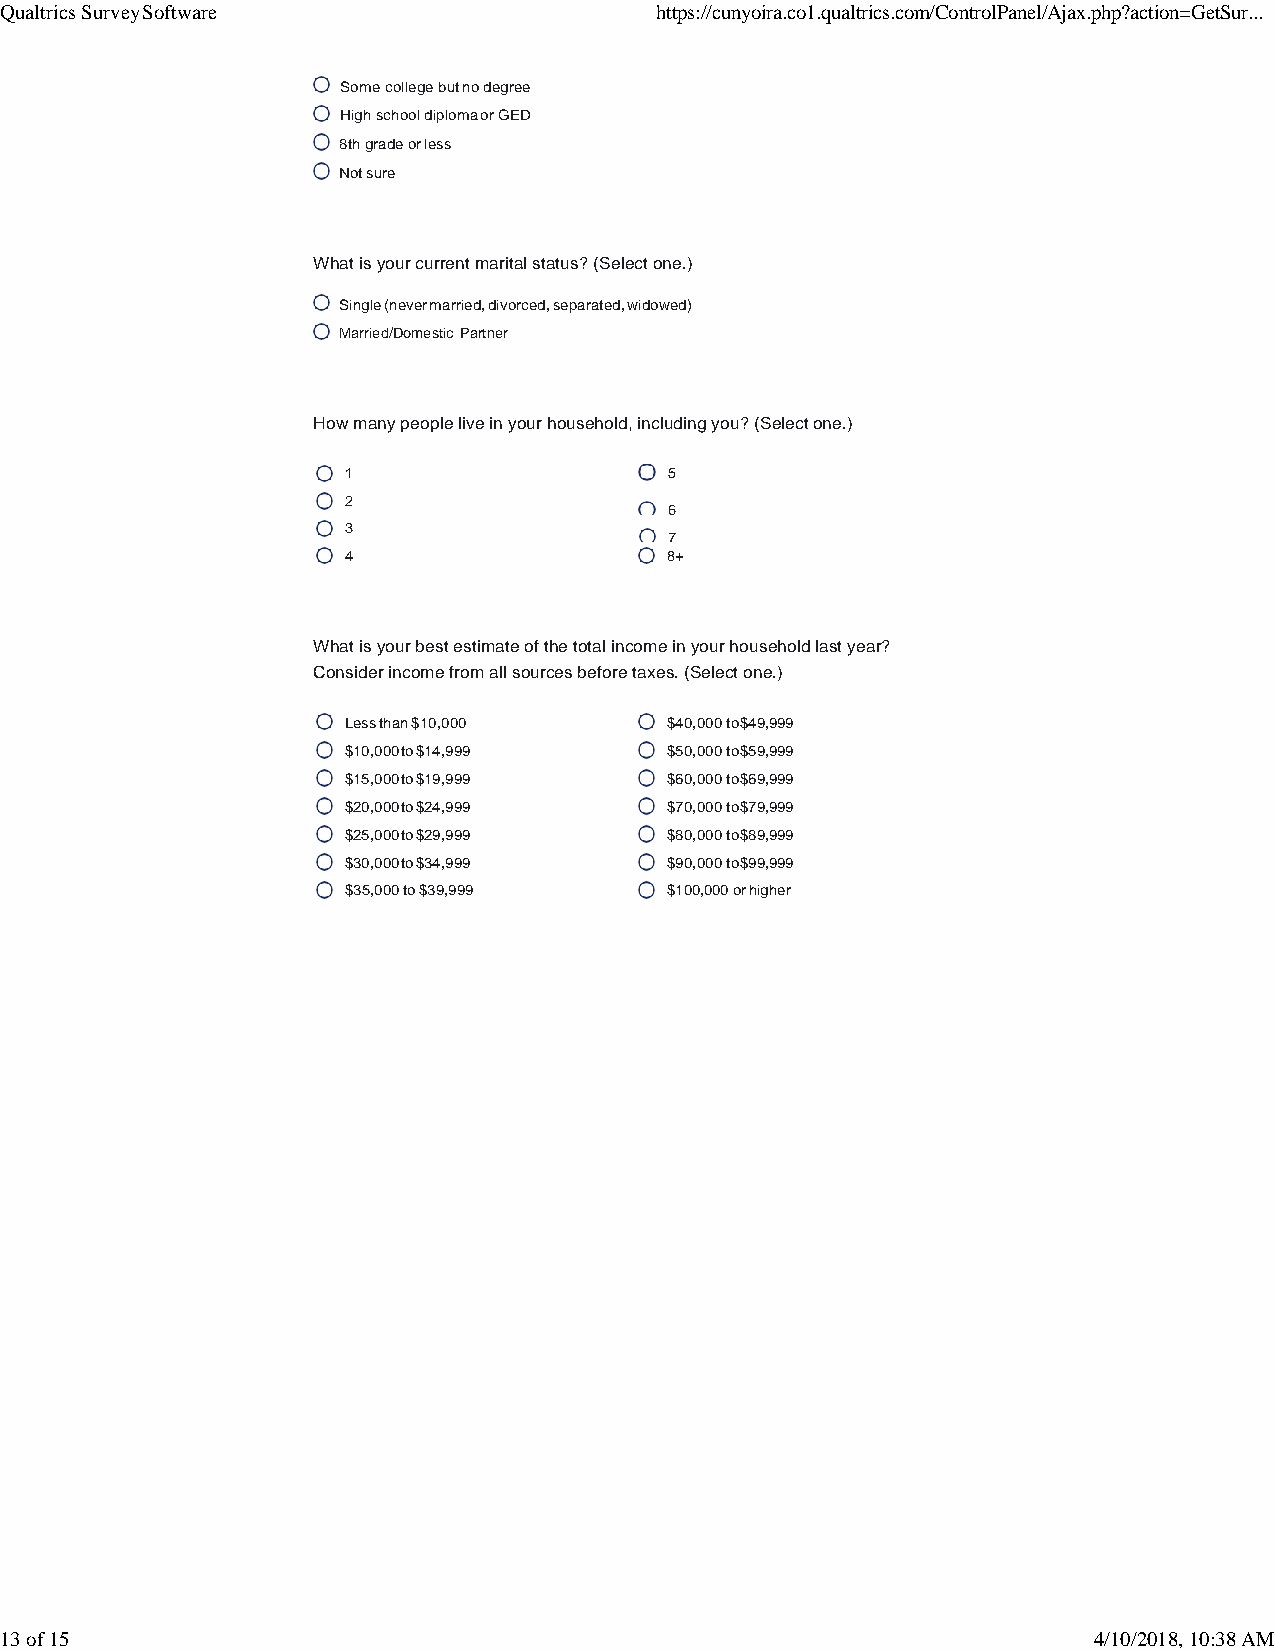
Qualtrics Survey Software                  https://cunyoira.co1.qualtrics.com/ControlPanel/Ajax.php?action=GetSur...
 Some college but no degree
 High school diploma or GED
 8th grade or less
 Not sure
 What is your current marital status? (Select one.)
 Single (never married, divorced, separated, widowed)
 Married/Domestic Partner
 How many people live in your household, including you? (Select one.)
 1                    5
 2
 6
 3
 7
 4                    8+
 What is your best estimate of the total income in your household last year?
 Consider income from all sources before taxes. (Select one.)
 Less than $10,000    $40,000 to $49,999
 $10,000 to $14,999   $50,000 to $59,999
 $15,000 to $19,999   $60,000 to $69,999
 $20,000 to $24,999   $70,000 to $79,999
 $25,000 to $29,999   $80,000 to $89,999
 $30,000 to $34,999   $90,000 to $99,999
 $35,000 to $39,999   $100,000 or higher
 13 of 15                                                                4/10/2018, 10:38 AM